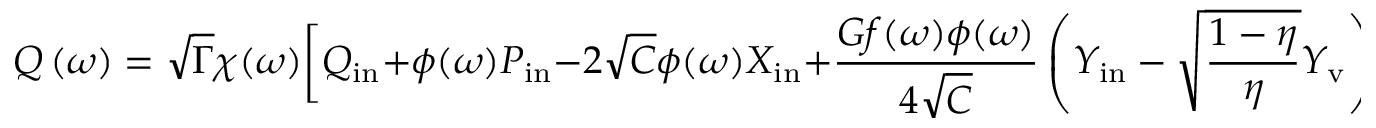
Q \ensuremath { \left( \omega \right) } = \sqrt { \Gamma } \chi ( \omega ) \bigg [ Q _ { \mathrm { i n } } + \phi ( \omega ) P _ { \mathrm { i n } } - 2 \sqrt { C } \phi ( \omega ) X _ { \mathrm { i n } } + \frac { G f ( \omega ) \phi ( \omega ) } { 4 \sqrt { C } } \left( Y _ { \mathrm { i n } } - \sqrt { \frac { 1 - \eta } { \eta } } Y _ { \mathrm { v } } \right) \bigg ] ,